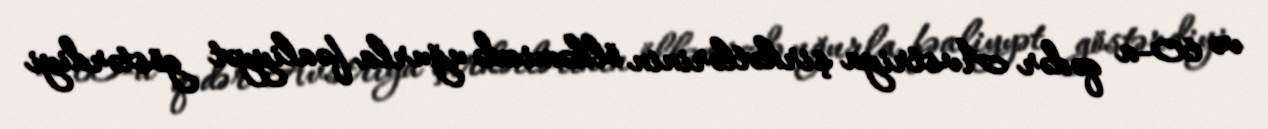
və 60-a qədər Avstriya şirkətlərinin ölkəmizdə uğurla fəaliyyət göstərdiyi